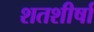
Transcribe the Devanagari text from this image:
शतशीर्षा